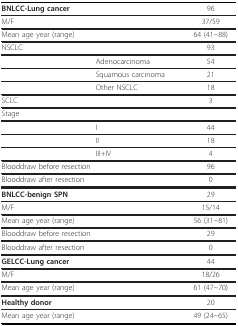
| BNLCC-Lung cancer |  | 96 |
 | --- | --- | --- |
 | M/F |  | 37/59 |
 | Mean age year (range) |  | 64 (41~88) |
 | NSCLC |  | 93 |
 |  | Adenocarcinoma | 54 |
 |  | Squamous carcinoma | 21 |
 |  | Other NSCLC | 18 |
 | SCLC |  | 3 |
 | Stage |  |  |
 |  | I | 44 |
 |  | II | 18 |
 |  | III+IV | 4 |
 | <COLSPAN=2> Blooddraw before resection | 96 |
 | <COLSPAN=2> Blooddraw after resection | 0 |
 | BNLCC-benign SPN |  | 29 |
 | M/F |  | 15/14 |
 | Mean age year (range) |  | 56 (31~81) |
 | <COLSPAN=2> Blooddraw before resection | 29 |
 | <COLSPAN=2> Blooddraw after resection | 0 |
 | GELCC-Lung cancer |  | 44 |
 | M/F |  | 18/26 |
 | Mean age year (range) |  | 61 (47~70) |
 | Healthy donor |  | 20 |
 | Mean age year (range) |  | 49 (24~65) |